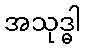
အသုဒ္ဓါ